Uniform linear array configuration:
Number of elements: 32
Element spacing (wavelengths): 0.5
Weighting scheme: hamming
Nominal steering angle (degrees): -60
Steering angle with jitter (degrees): -61.915
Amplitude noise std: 0.05
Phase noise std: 0.05

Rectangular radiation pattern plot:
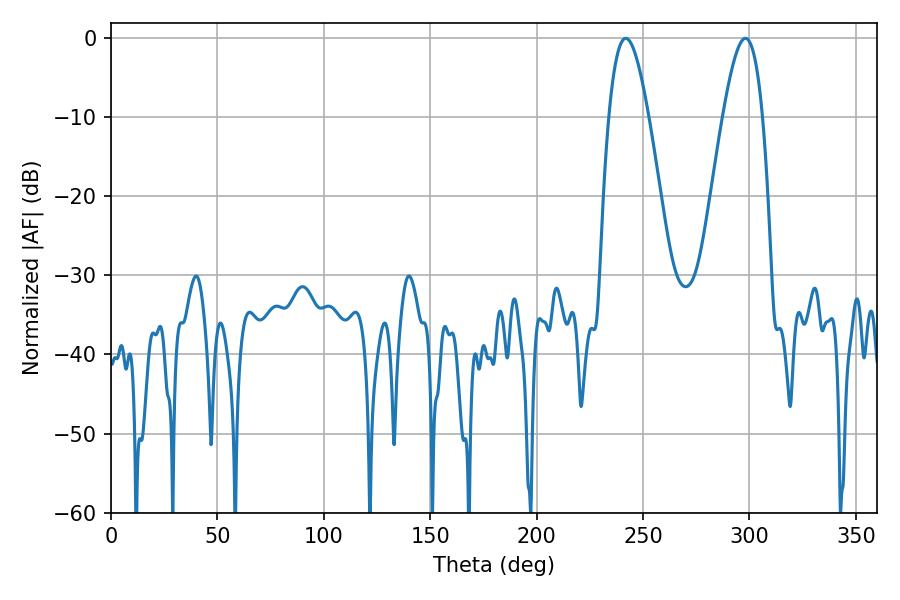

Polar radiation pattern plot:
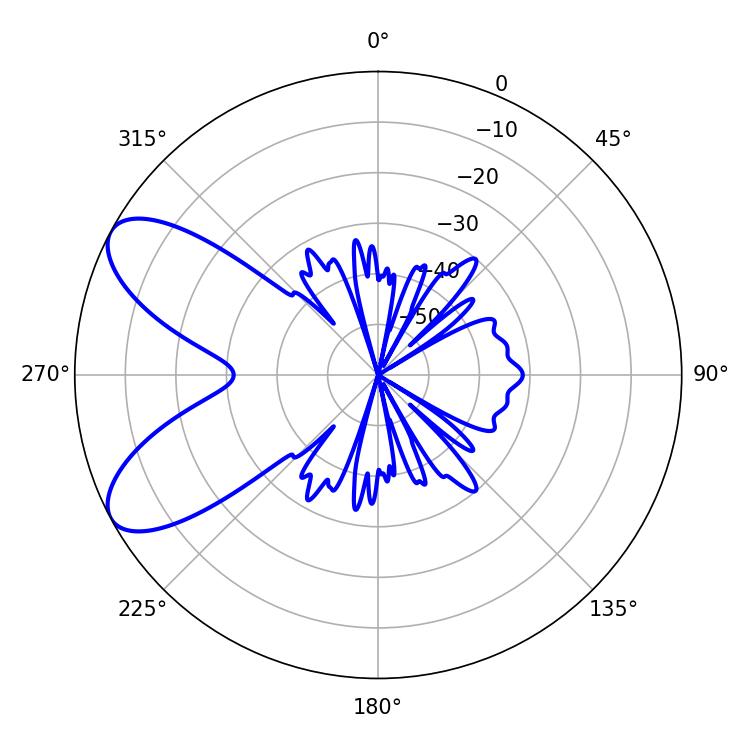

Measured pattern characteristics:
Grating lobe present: FALSE
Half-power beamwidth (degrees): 10.08
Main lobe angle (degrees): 241.92